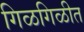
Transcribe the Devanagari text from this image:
गिळगिळीत